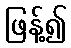
ဖြန့်၍